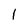
Character: 1